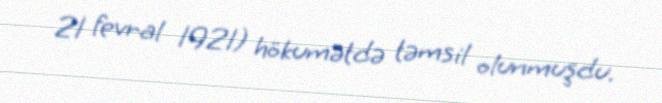
21 fevral 1921) hökumətdə təmsil olunmuşdu.